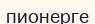
пионерге